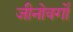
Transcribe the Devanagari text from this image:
जीनोवर्गों